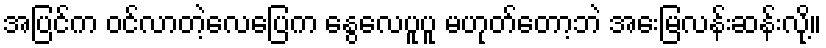
အပြင်က ဝင်လာတဲ့လေပြေက နွေလေပူပူ မဟုတ်တော့ဘဲ အေးမြလန်းဆန်းလို့။